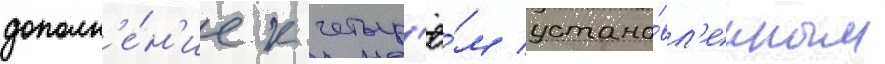
дополн'е́н'ие к четыр'ё́м устано́вл'енным